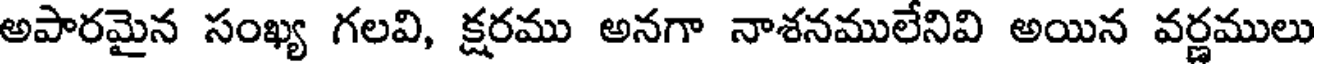
అపారమైన సంఖ్య గలవి, క్షరము అనగా నాశనములేనివి అయిన వర్ణములు